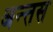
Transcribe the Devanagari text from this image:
अन्तस